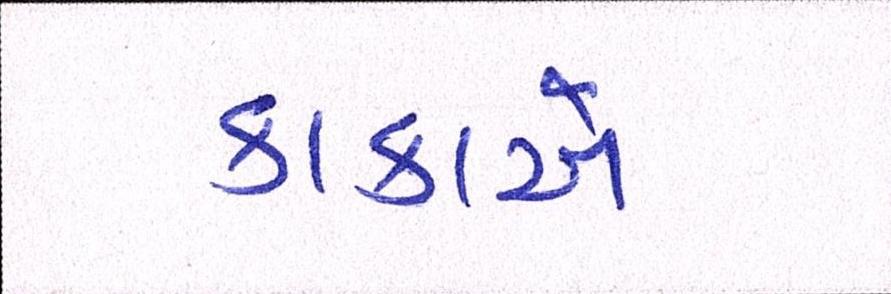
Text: કાકાએ